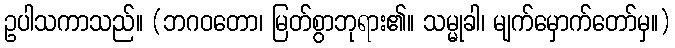
ဥပါသကာသည်။ (ဘဂဝတော၊ မြတ်စွာဘုရား၏။ သမ္မုခါ၊ မျက်မှောက်တော်မှ။)